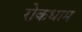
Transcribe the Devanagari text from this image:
रोकधाम